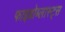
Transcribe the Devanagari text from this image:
फाइब्रोब्लास्ट्स